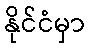
နိုင်ငံမှာ